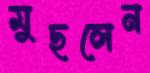
মুছলেন